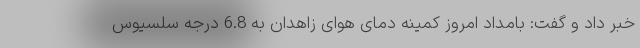
خبر داد و گفت: بامداد امروز کمینه دمای هوای زاهدان به 6.8 درجه سلسیوس